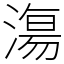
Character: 漡